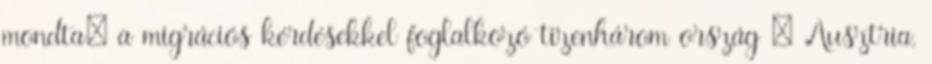
mondta: a migrációs kérdésekkel foglalkozó tizenhárom ország – Ausztria,